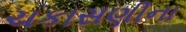
ચકાસણીના